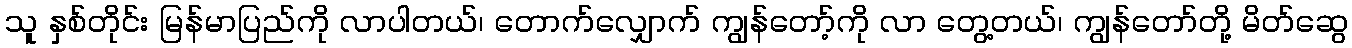
သူ နှစ်တိုင်း မြန်မာပြည်ကို လာပါတယ်၊ တောက်လျှောက် ကျွန်တော့်ကို လာ တွေ့တယ်၊ ကျွန်တော်တို့ မိတ်ဆွေ